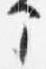
部